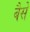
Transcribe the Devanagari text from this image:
बैसे